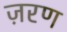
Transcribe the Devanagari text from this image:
ज़रण